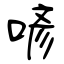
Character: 喭